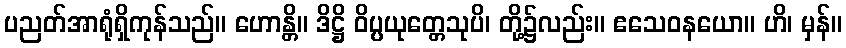
ပညတ်အာရုံရှိကုန်သည်။ ဟောန္တိ။ ဒိဋ္ဌိ ဝိပ္ပယုတ္တေသုပိ၊ တို့၌လည်း။ ဧသေဝနယော။ ဟိ၊ မှန်။